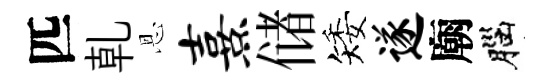
匹乹恩熹储矮遂廟腦